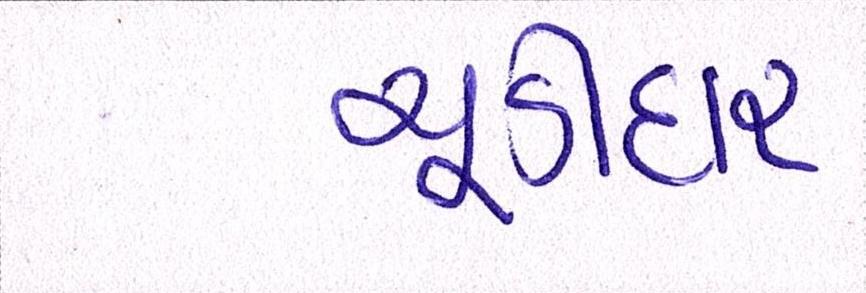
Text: ચૂડીદાર